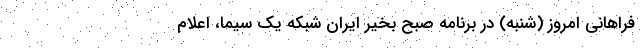
فراهانی امروز (شنبه) در برنامه صبح بخیر ایران شبکه یک سیما، اعلام